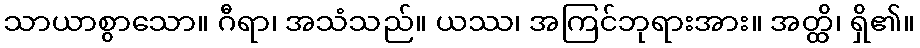
သာယာစွာသော။ ဂီရာ၊ အသံသည်။ ယဿ၊ အကြင်ဘုရားအား။ အတ္ထိ၊ ရှိ၏။